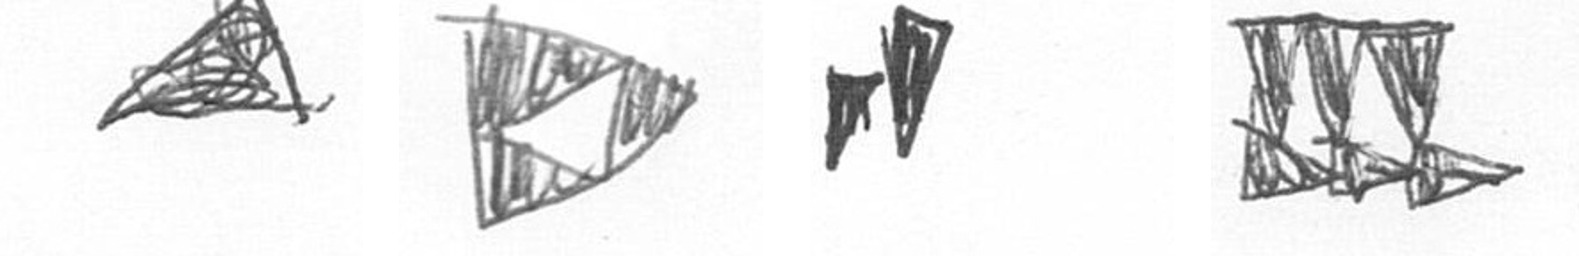
O K M D